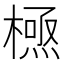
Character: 𭫸